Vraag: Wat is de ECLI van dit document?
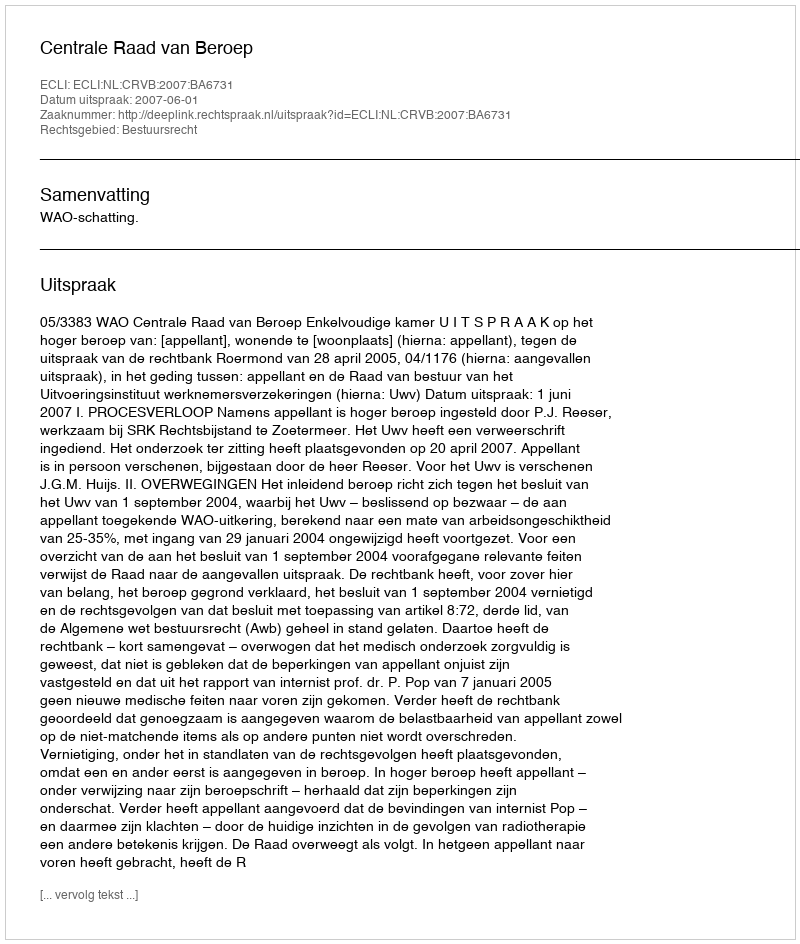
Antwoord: ECLI:NL:CRVB:2007:BA6731